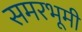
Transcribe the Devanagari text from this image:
समरभूमी